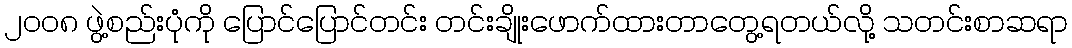
၂၀၀၈ ဖွဲ့စည်းပုံကို ပြောင်ပြောင်တင်း တင်းချိုးဖောက်ထားတာတွေ့ရတယ်လို့ သတင်းစာဆရာ